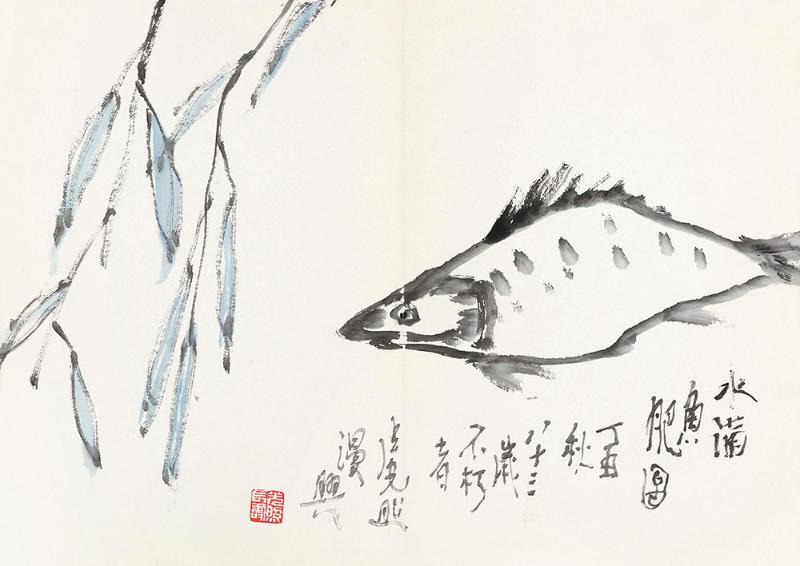
楚水辞鱼窟，燕山到雁家。